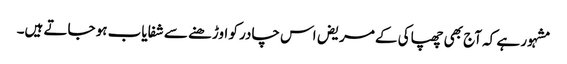
مشہور ہے کہ آج بھی چھپاکی کے مریض اس چادر کو اوڑھنے سے شفایاب ہو جاتے ہیں۔